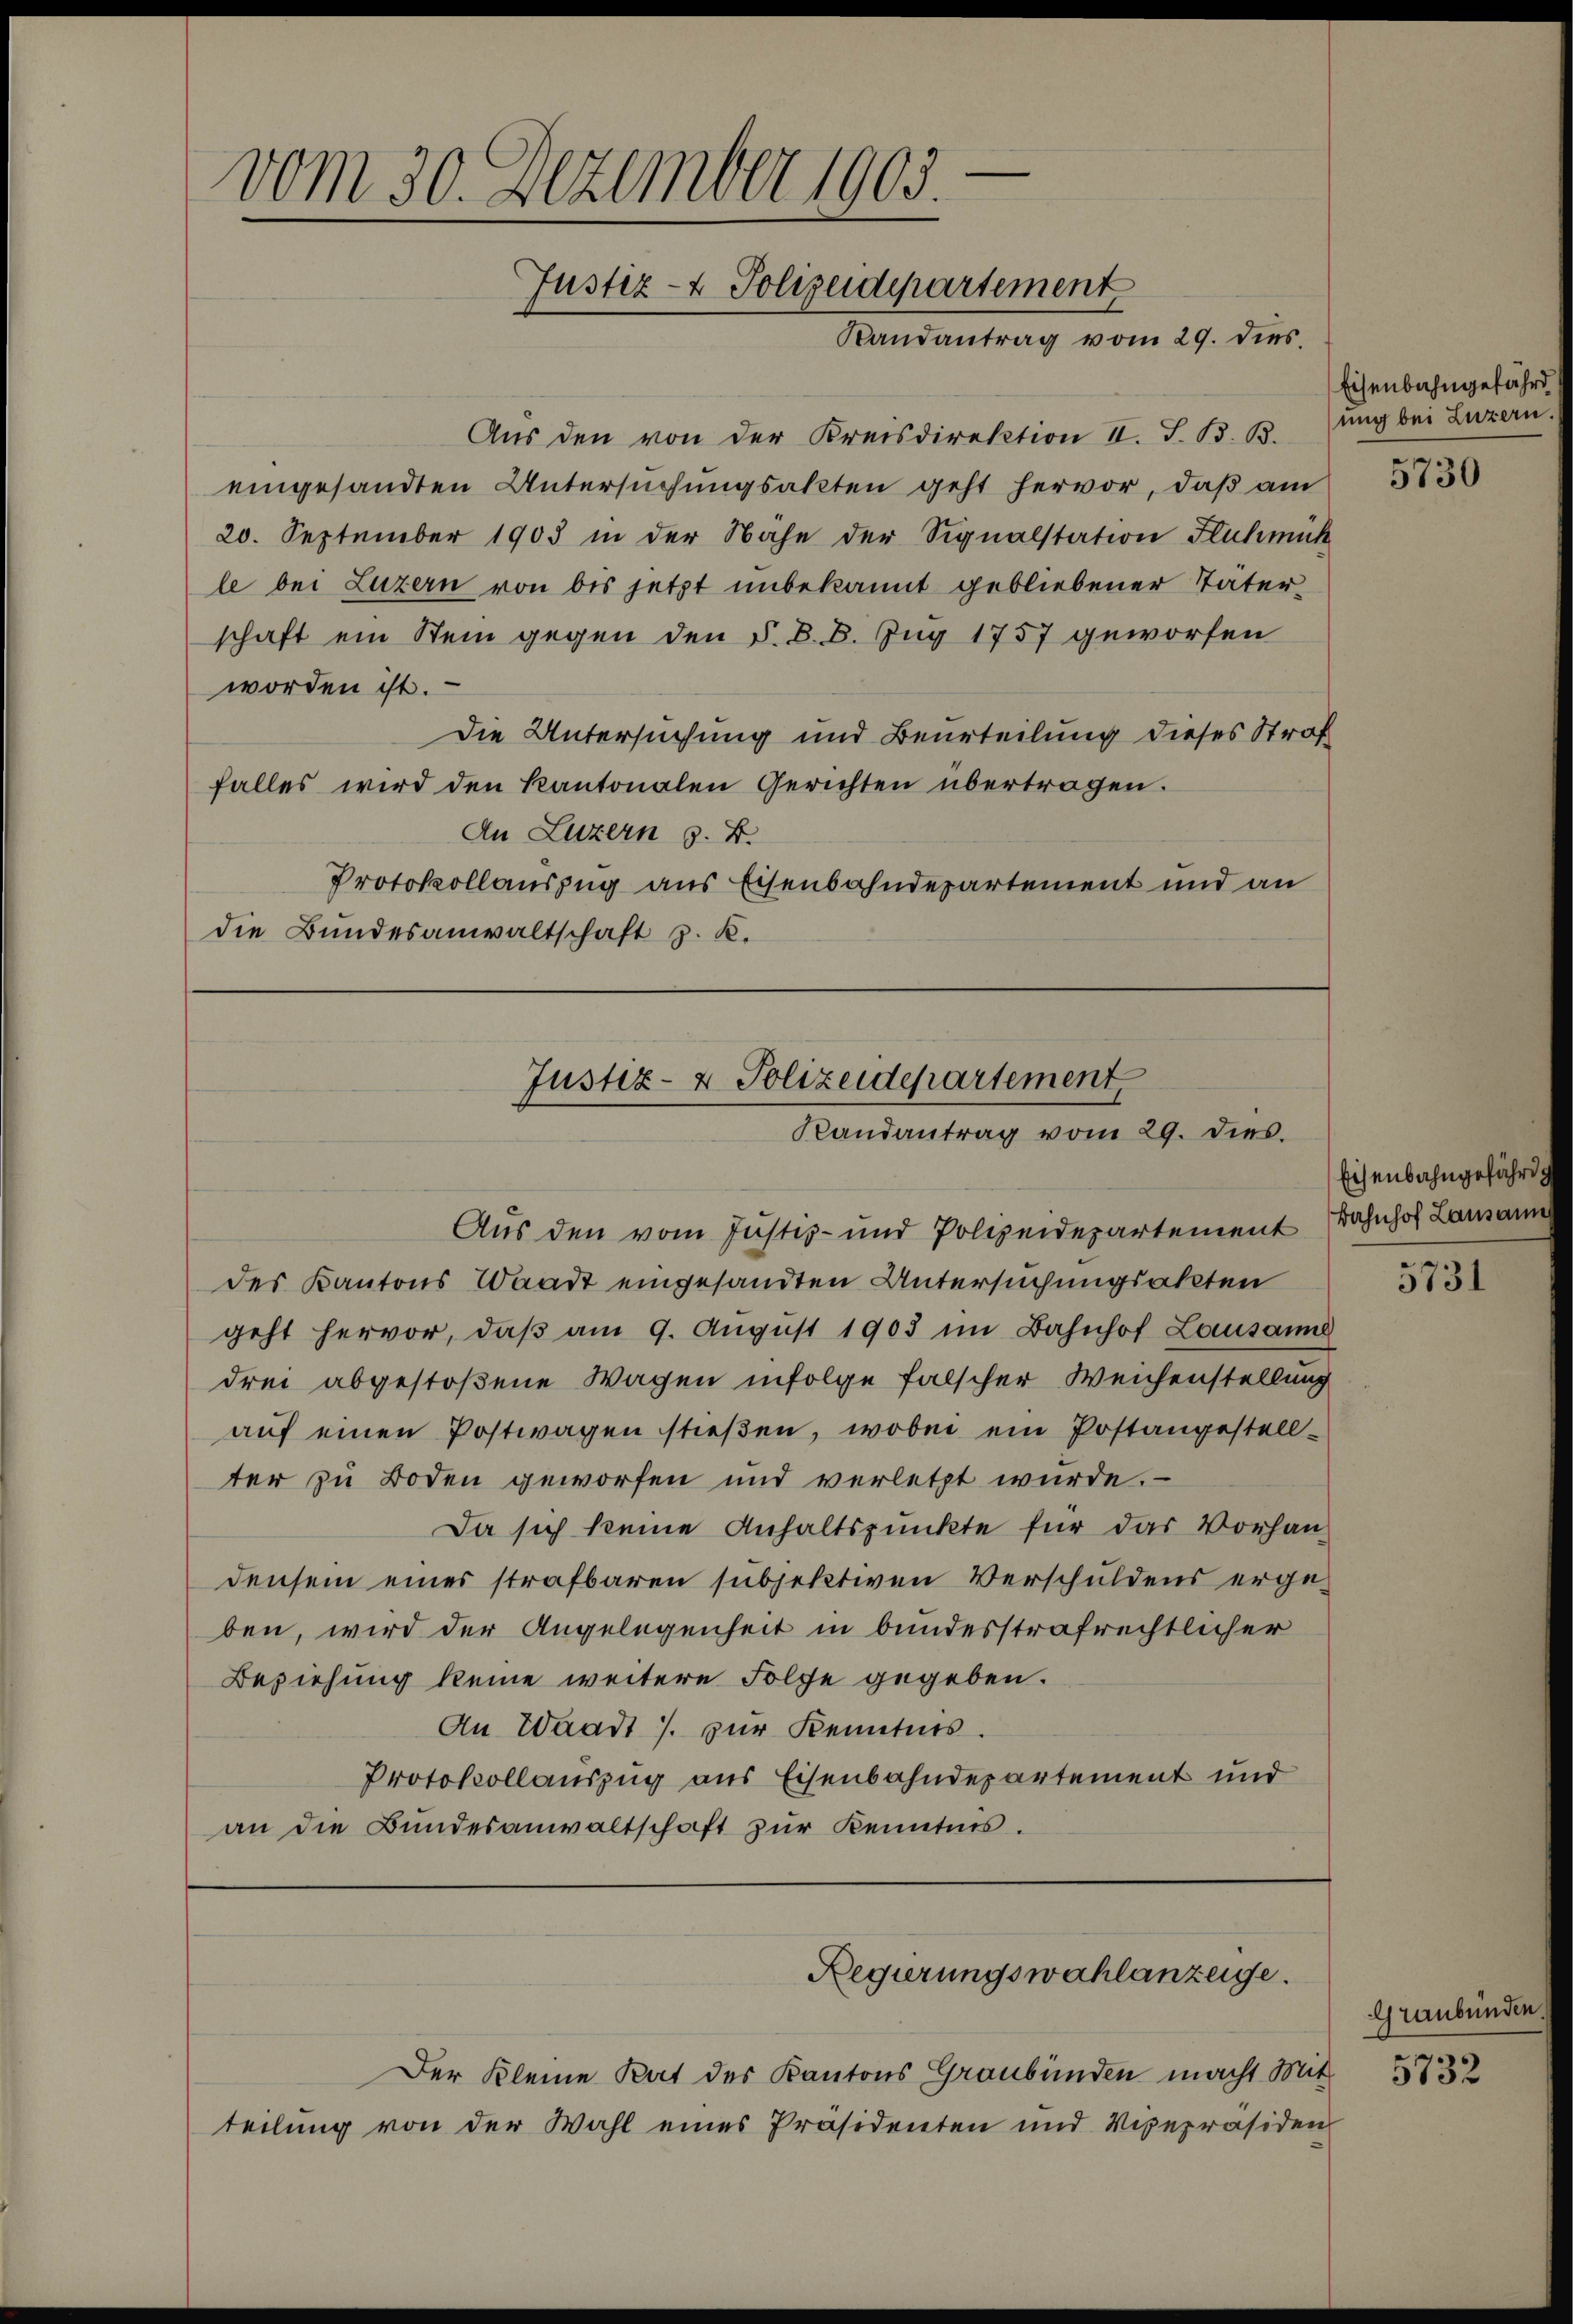
vom 30. Dezember 1905
Justiz- & Polizeidepartement
Randantrag vom 29. dies

Aus den von der Kreisdirektion II. S. B. B.
eingesandten Untersuchungsakten geht hervor, daß am
20. September 1903 in der Nähe der Signalstation Fluhmuck
le bei Luzern von bis jetzt unbekannt gebliebener Täterschaft ein Stein gegen den §. 8. B. Zug 1757 geworfen
worden ist.
Die Untersuchung und Beurteilung dieses Straf
falles wird den kantonalen Gerichten übertragen.
An Luzern z. B.
Protokollauszug aus Eisenbahndepartement und an
die Bundesanwaltschaft z. K.

Justiz- & Polizeidepartement,
Randantrag vom 29. dies.

Regierungswahlanzeige.

des Kantons Waadt eingesandten Untersuchungsakten
geht hervor, daβ am 9. August 1903 im Bahnhof Lausanne
drei abgestoßene Wagen infolge falscher Weichenstellung
auf einen Postwagen stießen, wobei ein Postangestellter zu Boden geworfen und verletzt wurde.
densein eines strafbaren subjektiven Verschuldens erge-
ben, wird der Angelegenheit in bundesstrafrechtlicher
Beziehung keine weitere Folge gegeben.
An Waadt J. zur Kenntnis.
an die Bundesanwaltschaft zur Kenntnis.

Aus den vom Justiz- und Polizeidepartement Bahnhof Lausann
Da sich keine Anhaltspunkte für das Vorhan¬
Protokollauszug aus Eisenbahndepartement und

Der Kleine Rat des Kantons Graubünden macht Mit 1832
teilung von der Wahl eines Präsidenten und Vicepräsiden

Eisenbahngefährd
ung bei Luzern

5730

Eisenbahngefährd

5731

Graubünden.